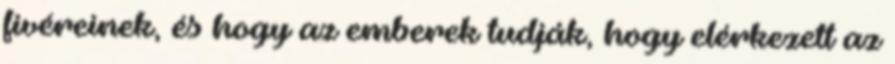
fivéreinek, és hogy az emberek tudják, hogy elérkezett az